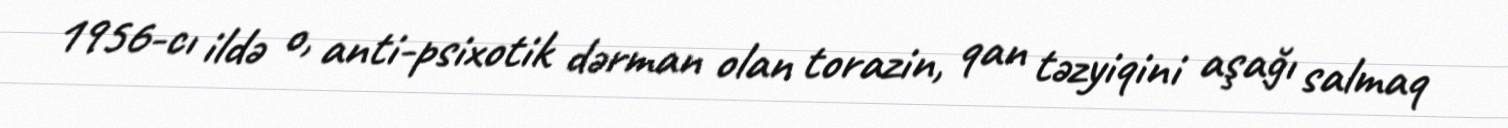
1956-cı ildə o, anti-psixotik dərman olan torazin, qan təzyiqini aşağı salmaq